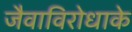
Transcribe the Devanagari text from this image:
जैवाविरोधाके